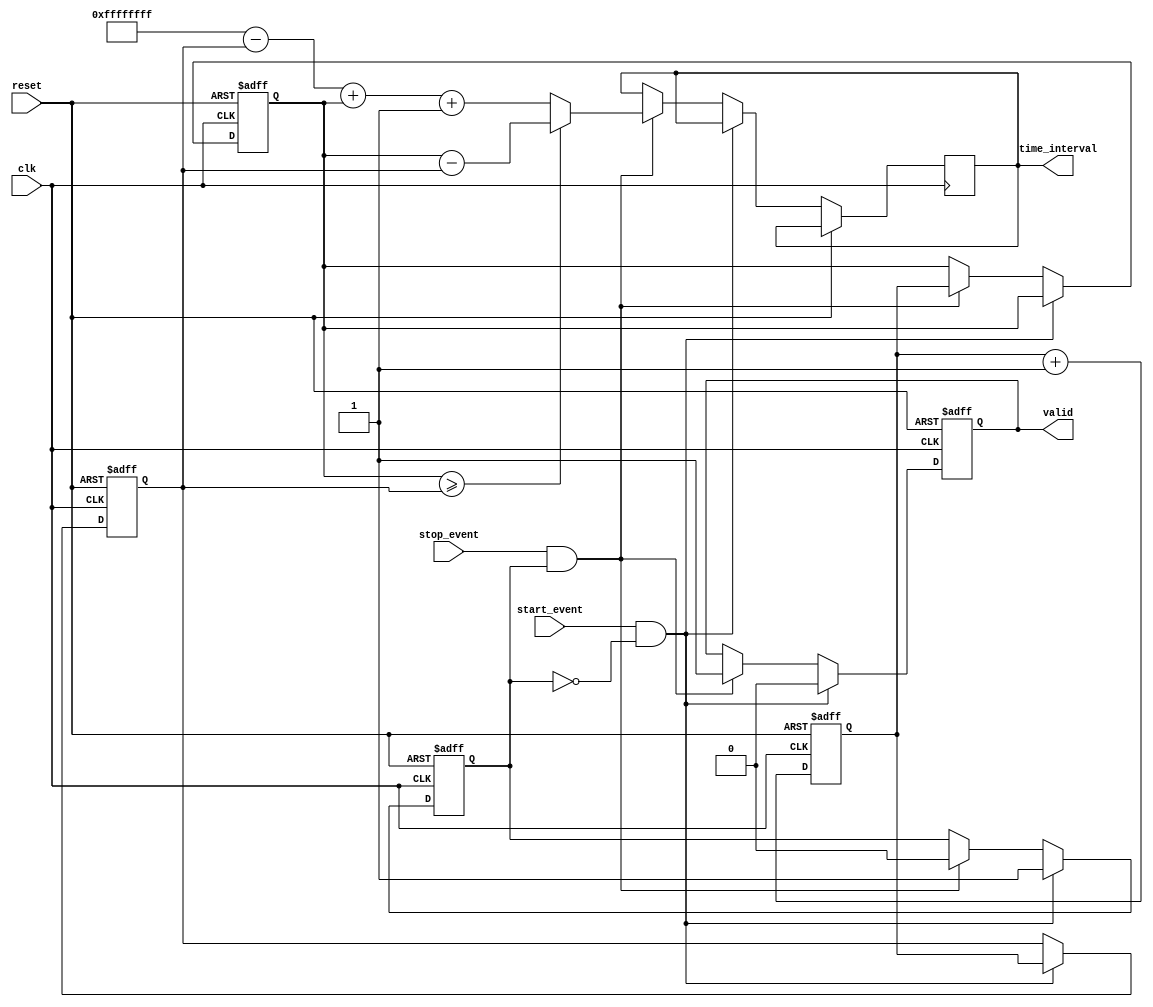
module TDC (
    input wire clk,               // High-frequency clock
    input wire reset,             // Asynchronous reset
    input wire start_event,       // Start event signal
    input wire stop_event,        // Stop event signal
    output reg [31:0] time_interval, // Output time interval
    output reg valid              // Output valid signal
);

    reg [31:0] start_time;        // Memory for start time stamp
    reg [31:0] stop_time;         // Memory for stop time stamp
    reg capturing;                // State to indicate capturing mode

    // Clock counter
    reg [31:0] clock_count;

    // Asynchronous reset and clock counter
    always @(posedge clk or posedge reset) begin
        if (reset) begin
            clock_count <= 32'b0;
        end else begin
            clock_count <= clock_count + 1;
        end
    end

    // Event detection and time stamp storage
    always @(posedge clk or posedge reset) begin
        if (reset) begin
            start_time <= 32'b0;
            stop_time <= 32'b0;
            capturing <= 1'b0;
            valid <= 1'b0;
        end else begin
            if (start_event && !capturing) begin
                start_time <= clock_count; // Capture start time
                capturing <= 1'b1;          // Enter capturing mode
                valid <= 1'b0;              // Reset valid signal
            end else if (stop_event && capturing) begin
                stop_time <= clock_count;   // Capture stop time
                capturing <= 1'b0;           // Exit capturing mode
                // Calculate time interval
                if (stop_time >= start_time) begin
                    time_interval <= stop_time - start_time;
                end else begin
                    // Handle wrap-around scenario
                    time_interval <= (32'hFFFFFFFF - start_time) + stop_time + 1;
                end
                valid <= 1'b1;              // Set valid signal
            end
        end
    end

endmodule